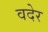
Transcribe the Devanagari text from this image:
वदेर